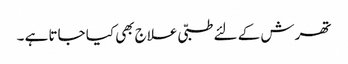
تھرش کے لئے طبّی علاج بھی کیا جاتا ہے ۔